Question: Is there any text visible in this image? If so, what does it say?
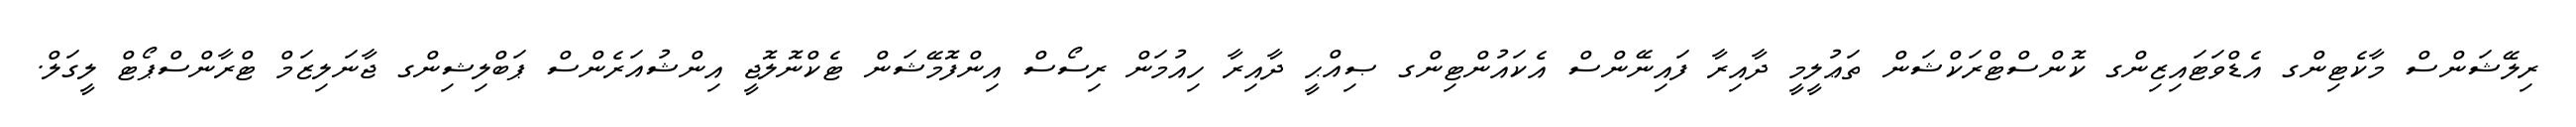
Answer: ރިލޭޝަންސް މާކެޓިންގ އެޑްވަޓައިޒިންގ ކޮންސްޓްރަކްޝަން ތަޢުލީމީ ދާއިރާ ފައިނޭންސް އެކައުންޓިންގ ޞިއްޙީ ދާއިރާ ހިއުމަން ރިސޯސް އިންފޮމޭޝަން ޓެކްނޮލޮޖީ އިންޝުއަރެންސް ޕަބްލިޝިންގ ޖާނަލިޒަމް ޓްރާންސްޕޯޓް ލީގަލް.